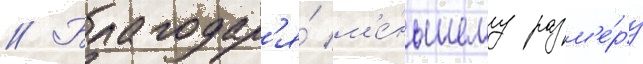
// Благодар'я́ м'е́ньшему разм'е́ру